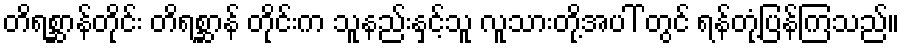
တိရစ္ဆာန်တိုင်း တိရစ္ဆာန် တိုင်းက သူနည်းနှင့်သူ လူသားတို့အပါ် တွင် ရန်တုံ့ပြန်ကြသည်။